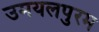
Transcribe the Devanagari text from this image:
उमयलपुरम